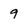
Character: 9